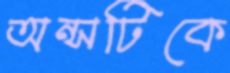
অন্সটিকে